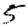
Digit: 5